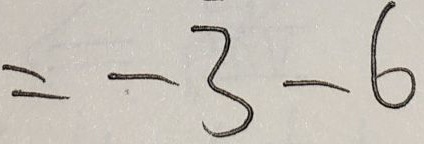
= - 3 - 6